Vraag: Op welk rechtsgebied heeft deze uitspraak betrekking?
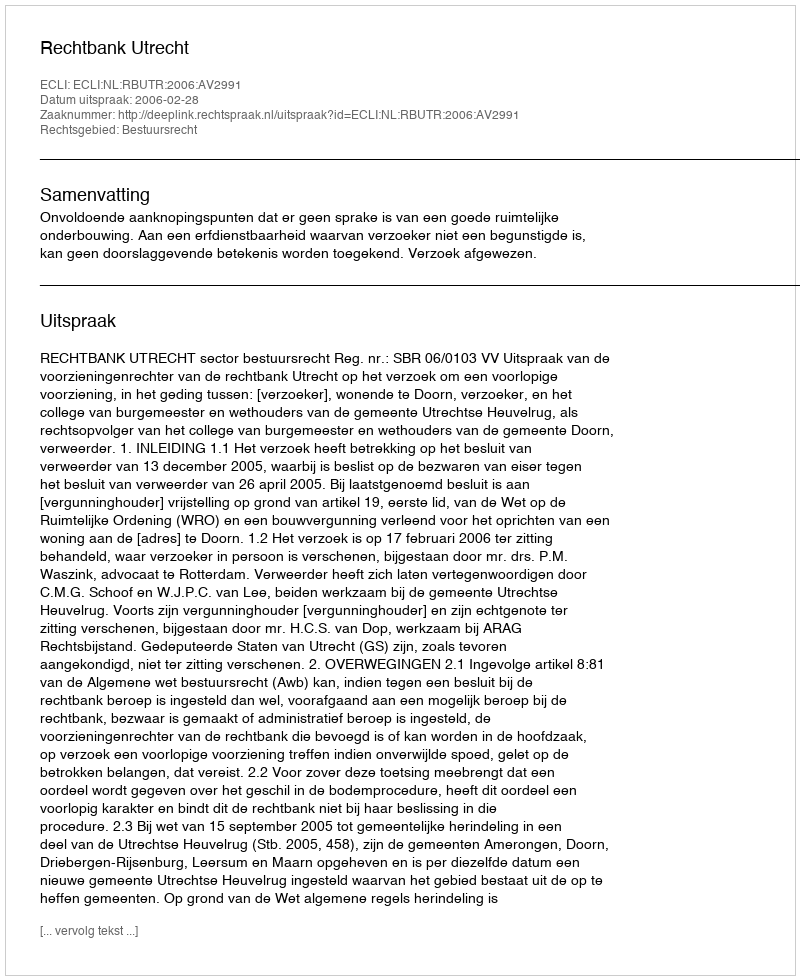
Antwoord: Bestuursrecht